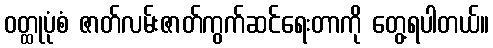
ဝတ္ထုပုံစံ ဇာတ်လမ်းဇာတ်ကွက်ဆင်ရေးတာကို တွေ့ရပါတယ်။